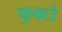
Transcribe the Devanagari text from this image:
फुक्टो